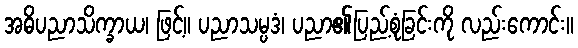
အဓိပညာသိက္ခာယ၊ ဖြင့်။ ပညာသမ္ပဒံ၊ ပညာ၏ပြည့်စုံခြင်းကို လည်းကောင်း။